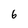
Character: 6